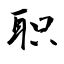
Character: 职